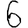
Digit: 6